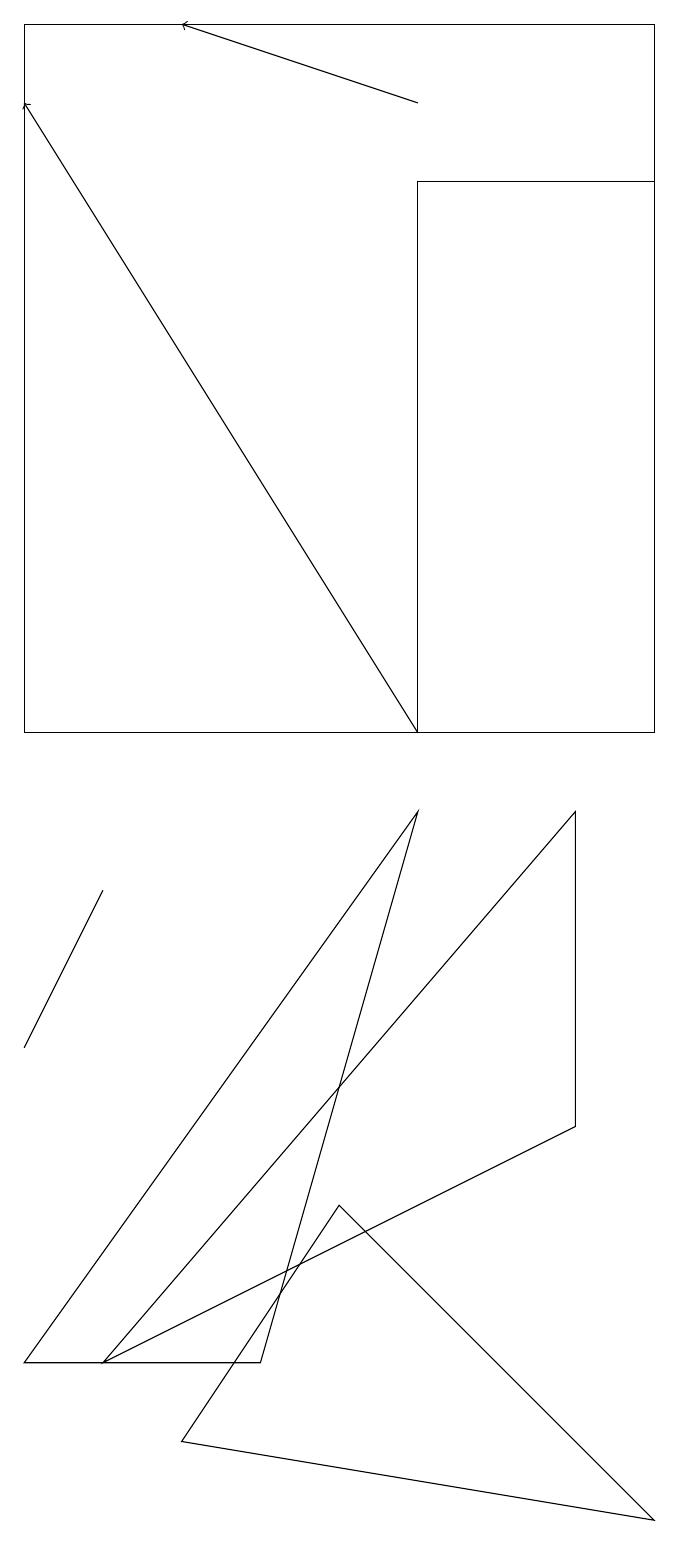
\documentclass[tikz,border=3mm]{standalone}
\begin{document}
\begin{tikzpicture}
\draw (1,2) -- (4,2) -- (6,9) -- cycle;
\draw[->] (6,10) -- (1,18);
\draw (2,2) -- (8,9) -- (8,5) -- cycle;
\draw (1,10) rectangle (9,19);
\draw (1,6) -- (2,8) -- (1,6) -- cycle;
\draw (9,0) -- (3,1) -- (5,4) -- cycle;
\draw (6,10) rectangle (9,17);
\draw[->] (6,18) -- (3,19);
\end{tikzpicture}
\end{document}